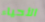
الأحياء